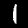
Label: 1